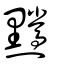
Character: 𪒿